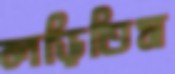
লড়িতিস